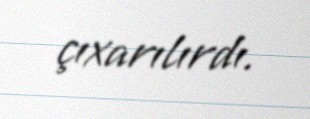
çıxarılırdı.